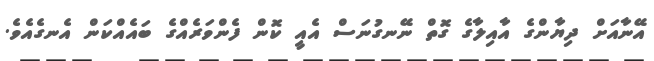
އޭނާއަށް ދިޔާންގެ އާއިލާގެ ގޮތް ނޭނގުނަސް އެއީ ކޮން ފެންވަރެއްގެ ބައެއްކަން އެނގެއެވެ.